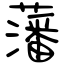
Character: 藩